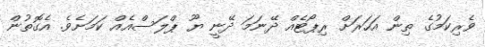
ވެރިކަމުގެ ތިން އަހަރަށް ރިޕޯޓެއް ދޭނަމަ ދޭނީ ޔޫ ޕްލަސްއެއް ކަމަށެވެ. އެގޮތުން